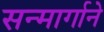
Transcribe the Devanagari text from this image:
सन्मार्गाने